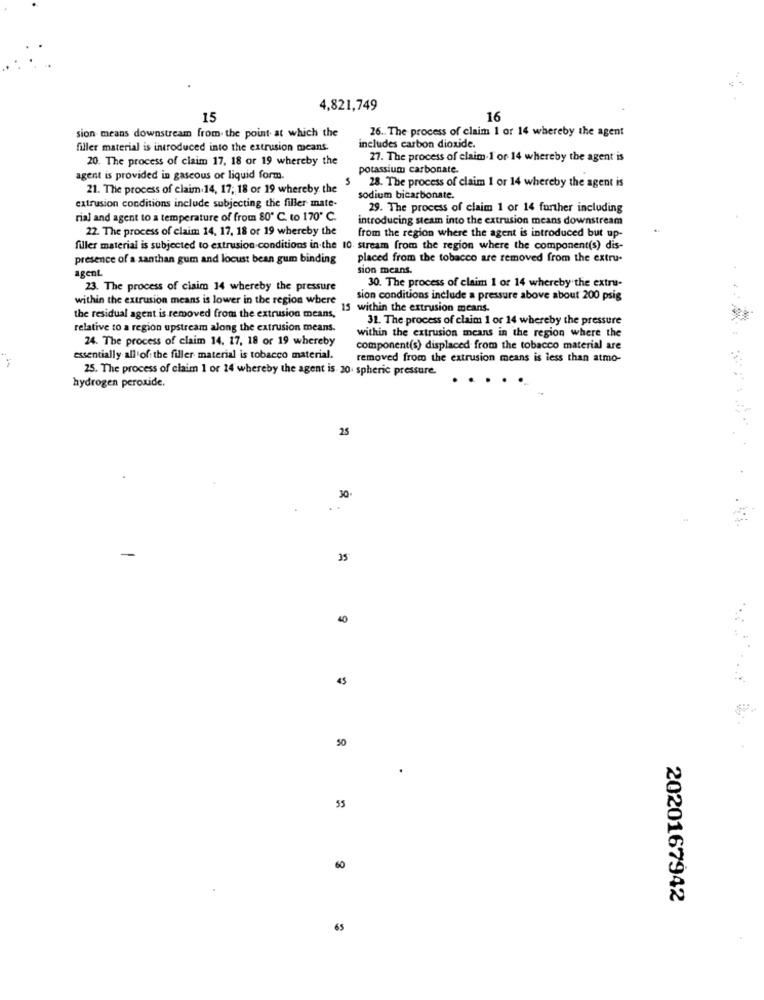
4,821,749
15
16
26 .. The process of claim 1 or 14 whereby the agent
sion means downstream from the point. at which the
filler material is introduced into the extrusion meant.
includes carbon dioxide.
20. The process of claim 17, 18 or 19 whereby the
27. The process of claim.1 or 14 whereby the agent is
potassium carbonate.
agent is provided in gaseous or liquid form.
28. The process of claim 1 or 14 whereby the agent is
21. The process of claim 14, 17; 18 or 19 whereby the
extrusion conditions include subjecting the filler mate-
sodium bicarbonate.
29. The process of claim 1 or 14 further including
rial and agent to a temperature of from 80º C. to 170" C.
introducing steam into the extrusion means downstream
22. The process of claim 14, 17, 18 or 19 whereby the
from the region where the agent is introduced but up-
filler material is subjected to extrusion conditions in the 10. stream from the region where the component(s) dis-
presence of a santhan gum and locust bean gum binding
placed from the tobacco are removed from the extru-
agent.
sion means.
30. The process of claim 1 or 14 whereby the extru-
23. The process of claim 14 whereby the pressure
within the extrusion means is lower in the region where
sion conditions include a pressure above about 200 psig
15 within the extrusion means.
the residual agent is removed from the extrusion means,
31. The process of claim 1 or 14 whereby the pressure
relative to a region upstream along the extrusion means.
within the extrusion means in the region where the
24. The process of claim 14, 17, 18 or 19 whereby
component(s) displaced from the tobacco material are
essentially all'of the filler material is tobacco material.
removed from the extrusion means is less than atmo-
25. The process of claim 1 or 14 whereby the agent is 20. spheric pressure.
hydrogen peroxide.
25
30
35
40
45
50
55
60
2020167942
65